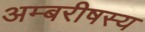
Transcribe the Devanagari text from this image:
अम्बरीषस्य